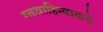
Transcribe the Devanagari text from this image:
रक्तवाहिन्याकडे